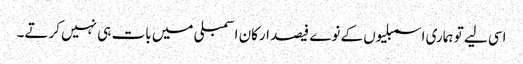
اسی لیے تو ہماری اسمبلیوں کے نوے فیصد ارکان اسمبلی میں بات ہی نہیں کرتے۔